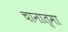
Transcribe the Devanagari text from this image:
चानात्मा